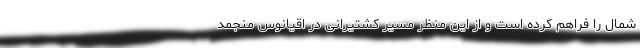
شمال را فراهم کرده است و از این منظر مسیر کشتیرانی در اقیانوس منجمد